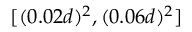
[ ( 0 . 0 2 d ) ^ { 2 } , ( 0 . 0 6 d ) ^ { 2 } ]